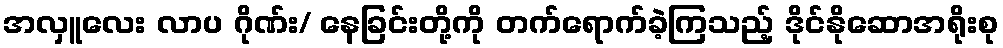
အလှူလေး လာပ ဂိုဏ်း/ နေခြင်းတို့ကို တက်ရောက်ခဲ့ကြသည့် ဒိုင်နိုဆောအရိုးစု